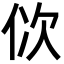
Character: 佽